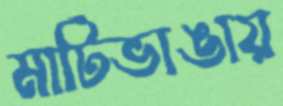
মাটিভাঙায়